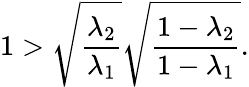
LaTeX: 1>\sqrt{\frac{\lambda_{2}}{\lambda_{1}}}\sqrt{\frac{1-\lambda_{2}}{1-\lambda_{1}}}.